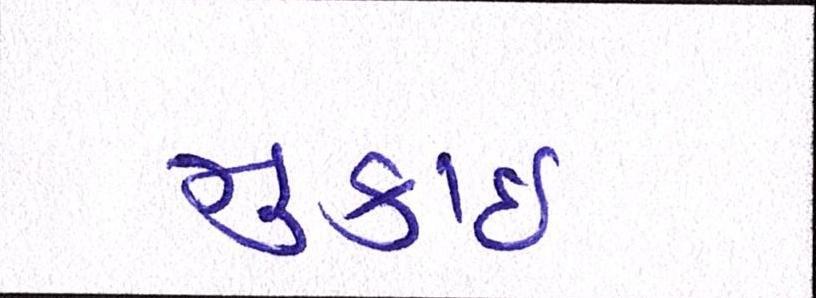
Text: મુકાઈ